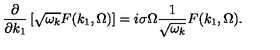
\frac { \partial } { \partial k _ { 1 } } \left[ \sqrt { \omega _ { k } } F ( k _ { 1 } , \Omega ) \right] = i \sigma \Omega \frac { 1 } { \sqrt { \omega _ { k } } } F ( k _ { 1 } , \Omega ) .